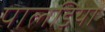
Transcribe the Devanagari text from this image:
पालडिया